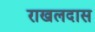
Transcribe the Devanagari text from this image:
राखलदास